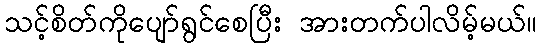
သင့်စိတ်ကိုပျော်ရွင်စေပြီး အားတက်ပါလိမ့်မယ်။